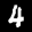
Label: 4